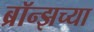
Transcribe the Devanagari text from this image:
ब्रॉन्झच्या